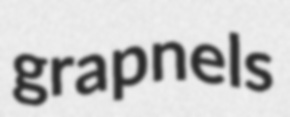
grapnels